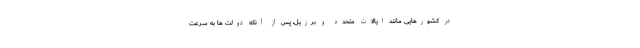
در کشورهایی مانند ایالات متحده و برزیل، پس از آنکه دولت ها به سرعت